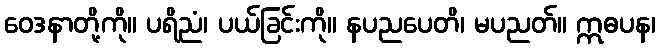
ဝေဒနာတို့ကို။ ပရိညံ၊ ပယ်ခြင်းကို။ နပညပေတိ၊ မပညတ်။ ဣဓပန၊